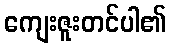
ကျေးဇူးတင်ပါ၏